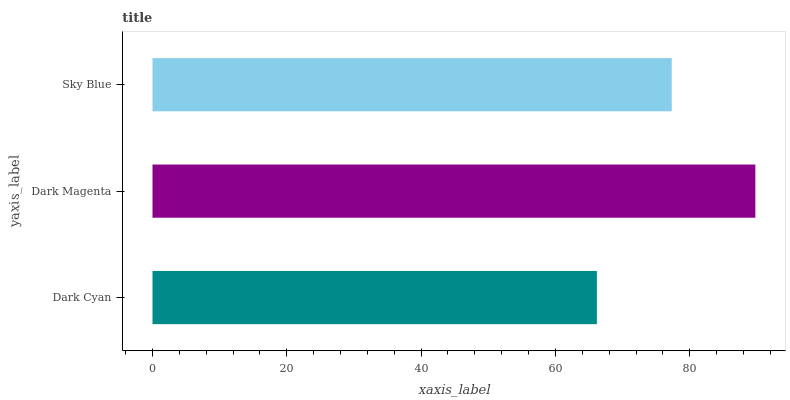
| yaxis_label | bars |
 | --- | --- |
 | Dark Cyan | 66.2 |
 | Dark Magenta | 89.8 |
 | Sky Blue | 77.3 |